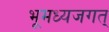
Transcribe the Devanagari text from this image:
भूमध्यजगत्‌